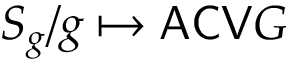
S _ { g } / g \mapsto \mathsf { A C V } G